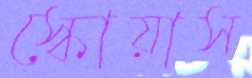
স্কোয়াস